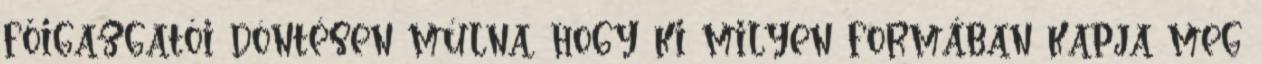
főigazgatói döntésen múlna, hogy ki milyen formában kapja meg